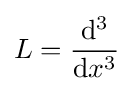
L={\frac {\mathrm {d} ^{3}}{\mathrm {d} x^{3}}}